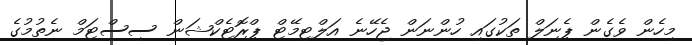
މިހެން ވެގެން ޕެނަލް ތަކުގައި ހުންނަން ޖެހޭނެ އަލްޓިމޭޓް ޕްރޮޓެކްޝަން ސިސްޓަމް ނެތުމުގެ